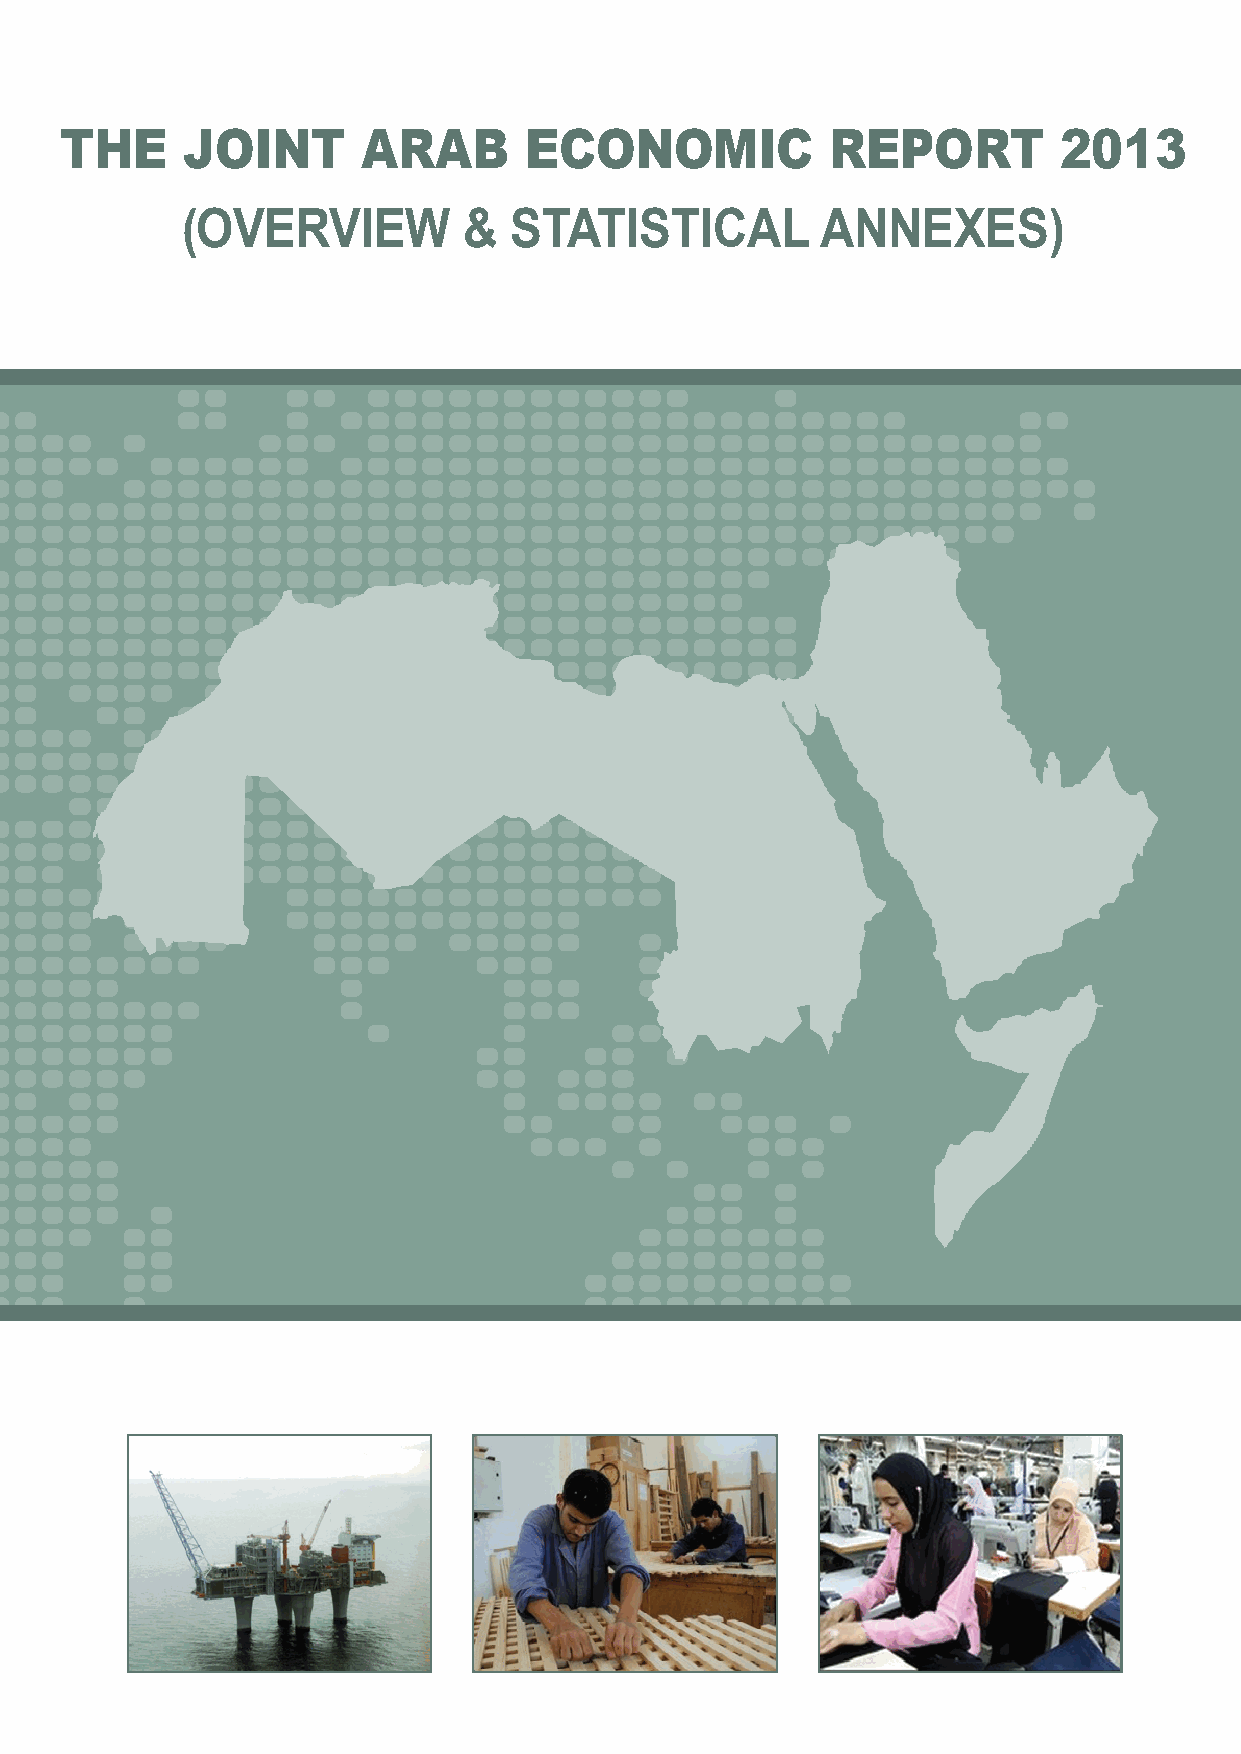
THE     JOINT       ARAB       ECONOMIC            REPORT         2013
 (OVERVIEW          &  STATISTICAL         ANNEXES)
 THE JOINT ARAB
 ECONOMIC REPORT